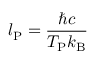
l _ { \mathrm { P } } = { \frac { \hbar c } { T _ { \mathrm { P } } k _ { \mathrm { B } } } }